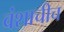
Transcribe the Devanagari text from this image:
वंशाचीच